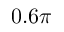
0 . 6 \pi